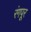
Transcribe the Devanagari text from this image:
रंगपूर